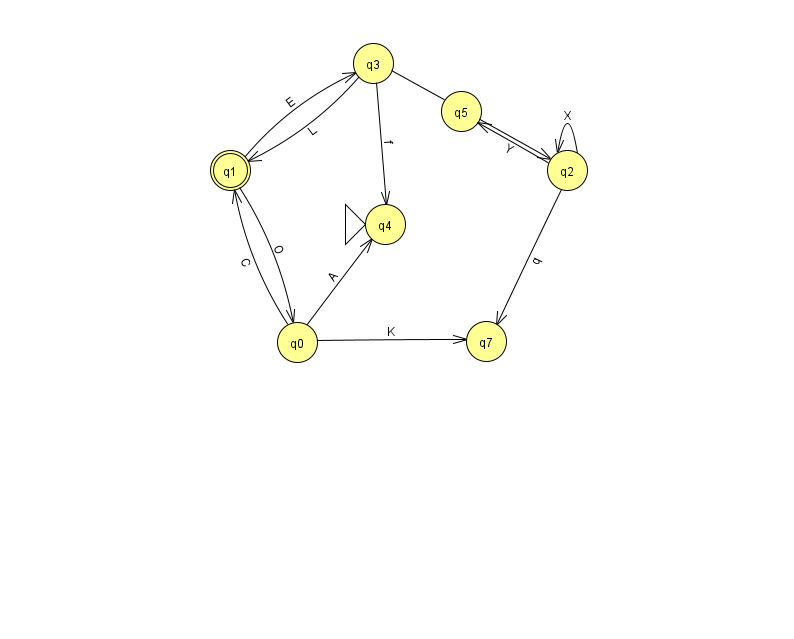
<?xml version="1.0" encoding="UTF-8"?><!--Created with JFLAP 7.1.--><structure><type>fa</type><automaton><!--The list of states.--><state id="0" name="q0"><x>297.0</x><y>329.0</y></state><state id="1" name="q1"><x>230.0</x><y>157.0</y><final/></state><state id="2" name="q2"><x>567.0</x><y>157.0</y></state><state id="3" name="q3"><x>373.0</x><y>50.0</y></state><state id="4" name="q4"><x>385.0</x><y>211.0</y><initial/></state><state id="5" name="q5"><x>461.0</x><y>98.0</y></state><state id="7" name="q7"><x>486.0</x><y>328.0</y></state><!--The list of transitions.--><transition><from>3</from><to>1</to><read>L</read></transition><transition><from>3</from><to>2</to><read>e</read></transition><transition><from>0</from><to>4</to><read>A</read></transition><transition><from>0</from><to>1</to><read>C</read></transition><transition><from>2</from><to>2</to><read>X</read></transition><transition><from>1</from><to>3</to><read>E</read></transition><transition><from>2</from><to>5</to><read>Y</read></transition><transition><from>2</from><to>7</to><read>q</read></transition><transition><from>3</from><to>4</to><read>f</read></transition><transition><from>1</from><to>0</to><read>O</read></transition><transition><from>0</from><to>7</to><read>K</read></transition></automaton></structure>